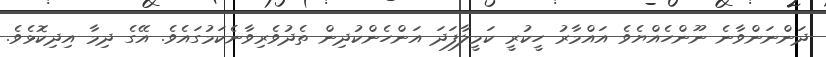
ދަންނަންވާނެ ނޫންހެއްޔެވެ އައްމާރު ހީކުރީ ކަމީލާފަދަ އަންހެންކުދިން ތެދުވެރިވާނެކަމުގައެވެ. އޭގެ ދިމާ އިދިކޮޅެވެ.